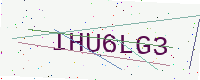
Text: IHU6LG3